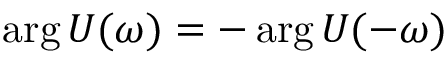
\arg U ( \omega ) = - \arg U ( - \omega )